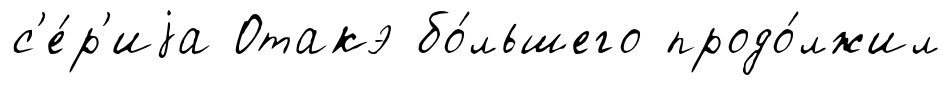
с'е́р'иjа Отакэ бо́льшего продо́лжил